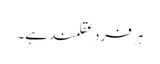
ہر فرد عقلمند ہے۔